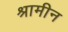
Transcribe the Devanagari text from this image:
श्रामीन